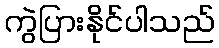
ကွဲပြားနိုင်ပါသည်